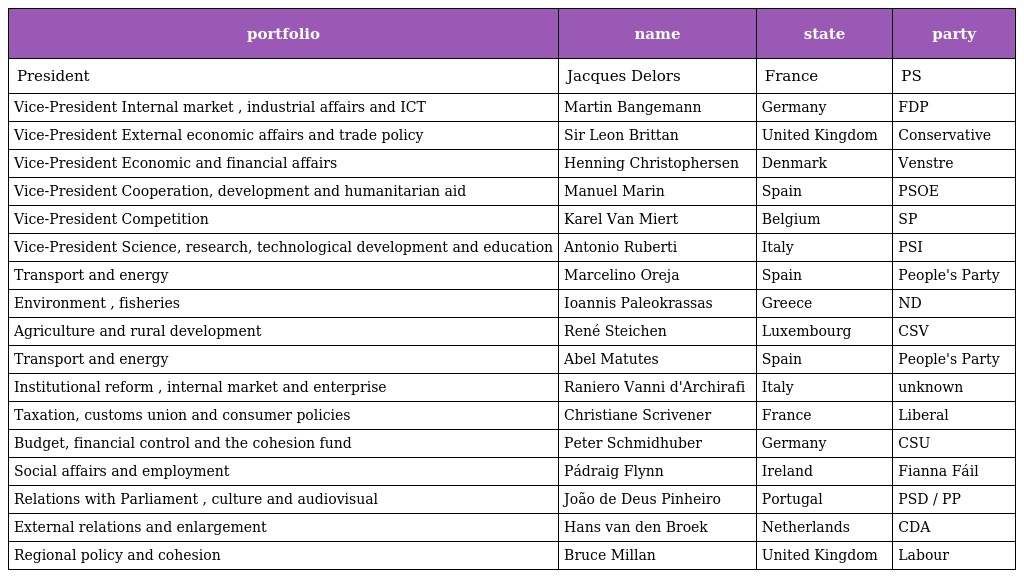
| portfolio | name | state | party |
 | --- | --- | --- | --- |
 | President | Jacques Delors | France | PS |
 | Vice-President Internal market , industrial affairs and ICT | Martin Bangemann | Germany | FDP |
 | Vice-President External economic affairs and trade policy | Sir Leon Brittan | United Kingdom | Conservative |
 | Vice-President Economic and financial affairs | Henning Christophersen | Denmark | Venstre |
 | Vice-President Cooperation, development and humanitarian aid | Manuel Marin | Spain | PSOE |
 | Vice-President Competition | Karel Van Miert | Belgium | SP |
 | Vice-President Science, research, technological development and education | Antonio Ruberti | Italy | PSI |
 | Transport and energy | Marcelino Oreja | Spain | People's Party |
 | Environment , fisheries | Ioannis Paleokrassas | Greece | ND |
 | Agriculture and rural development | René Steichen | Luxembourg | CSV |
 | Transport and energy | Abel Matutes | Spain | People's Party |
 | Institutional reform , internal market and enterprise | Raniero Vanni d'Archirafi | Italy | unknown |
 | Taxation, customs union and consumer policies | Christiane Scrivener | France | Liberal |
 | Budget, financial control and the cohesion fund | Peter Schmidhuber | Germany | CSU |
 | Social affairs and employment | Pádraig Flynn | Ireland | Fianna Fáil |
 | Relations with Parliament , culture and audiovisual | João de Deus Pinheiro | Portugal | PSD / PP |
 | External relations and enlargement | Hans van den Broek | Netherlands | CDA |
 | Regional policy and cohesion | Bruce Millan | United Kingdom | Labour |